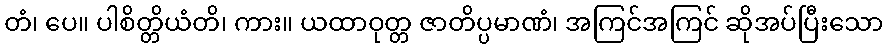
တံ၊ ပေ။ ပါစိတ္တိယံတိ၊ ကား။ ယထာဝုတ္တ ဇာတိပ္ပမာဏံ၊ အကြင်အကြင် ဆိုအပ်ပြီးသော